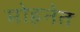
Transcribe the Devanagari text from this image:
मोहनेत